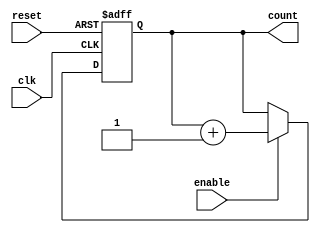
module increment(input clk , input reset , input enable , output reg
 [ 29:0] count = 0);
 
 
 
 always @ (posedge clk or negedge reset) begin
 if (! reset )
 count <= 0;
 else if (enable) count <= count + 1;
 end
 
  endmodule
//